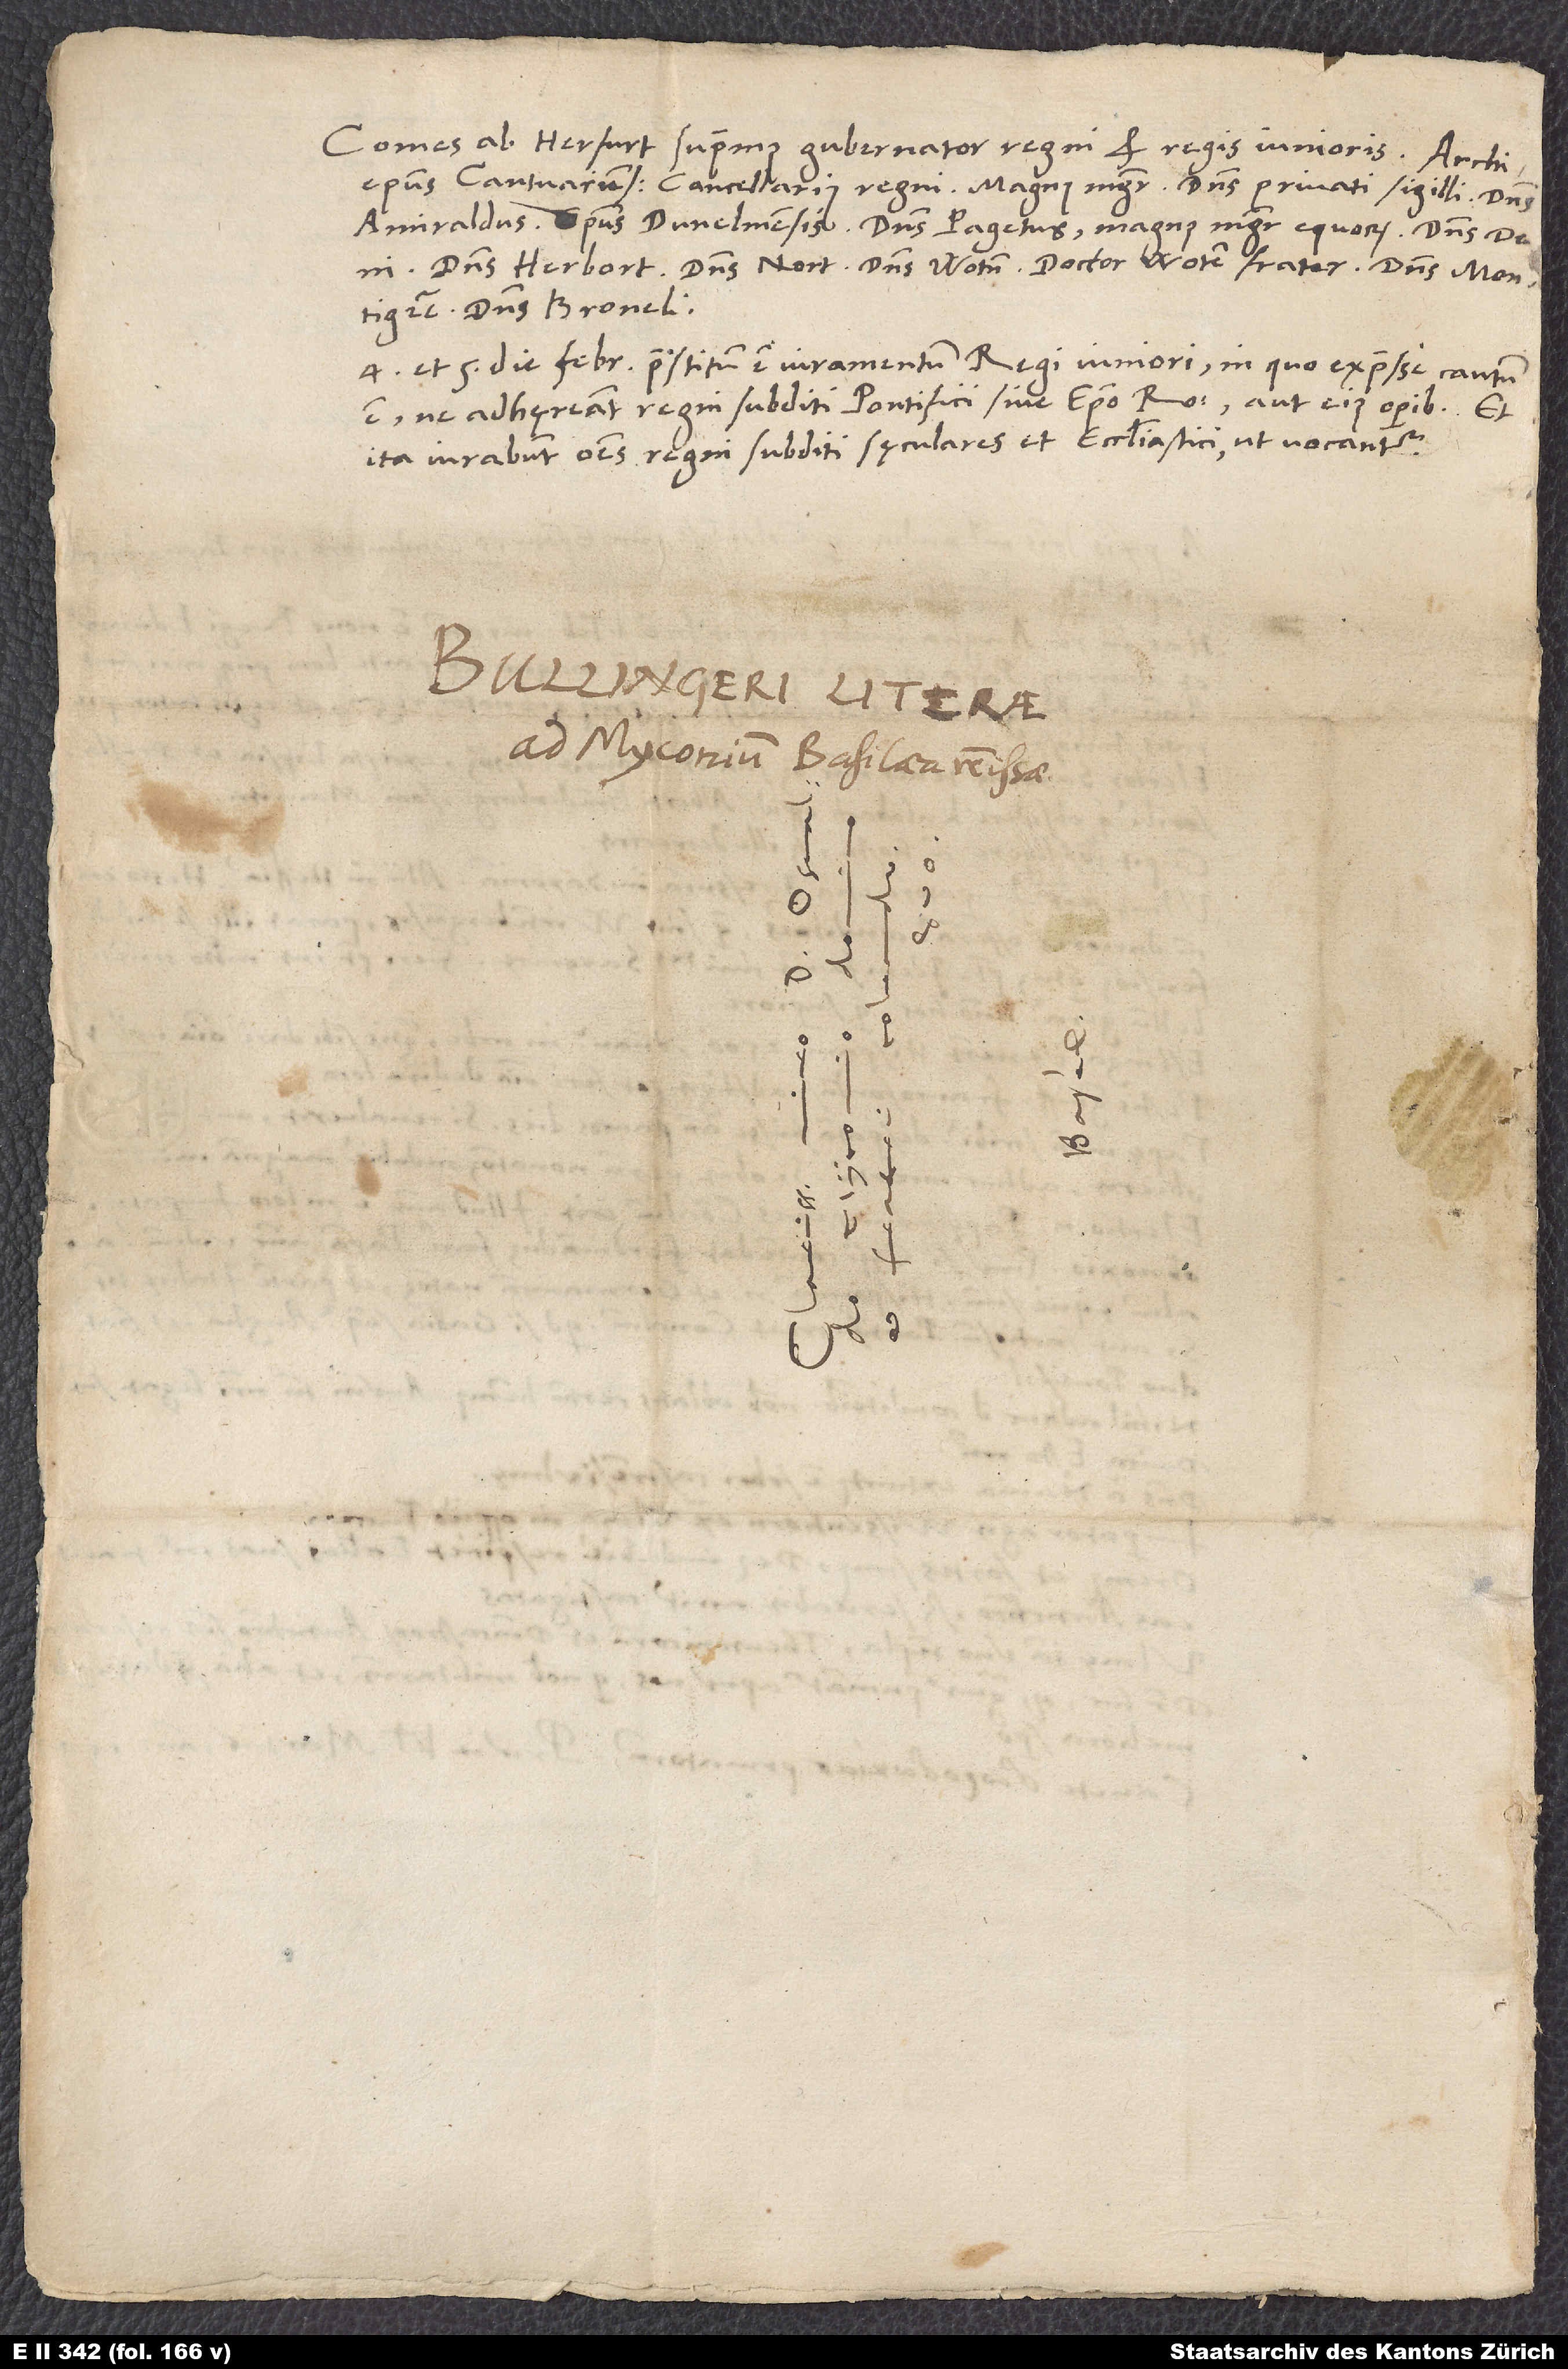
D.
d.
S.